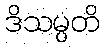
ဒိသမ္ပတိ